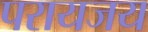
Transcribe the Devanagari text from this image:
परायजय